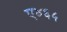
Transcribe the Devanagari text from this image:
ए४६५